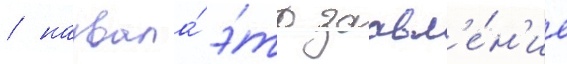
/ назвала́ э́то заавл'е́н'ие